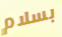
بسلام